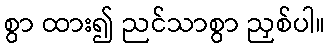
စွာ ထား၍ ညင်သာစွာ ညှစ်ပါ။